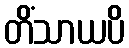
တိံသာယပိ